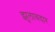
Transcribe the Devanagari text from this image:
झुलावदार